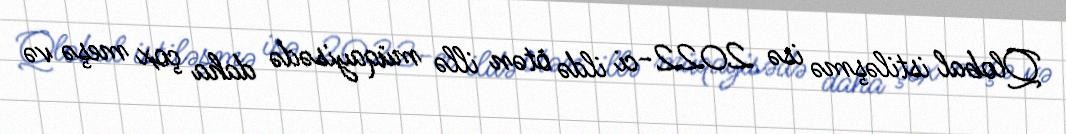
Qlobal istiləşmə isə 2022-ci ildə ötən illə müqayisədə daha çox meşə və